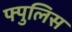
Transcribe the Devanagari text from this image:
फ्पुलिस